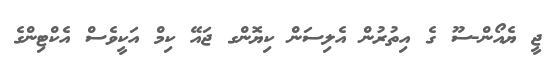
ޖީ ޔެއޯން-ސޫ ގެ އިތުރުން އެލިސަން ކިޔޮންގ ޖައޭ ކިމް އަކީވެސް އެކްޓިންގެ